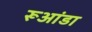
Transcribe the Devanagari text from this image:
रूआंडा